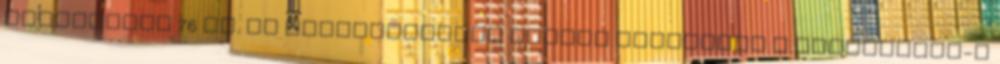
élettartam 76 év. az életesélyeket tovább csökkenti a hepatitisz-c